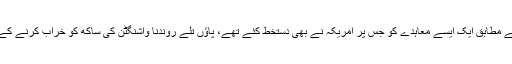
سابق صدر کے مطابق ایک ایسے معاہدے کو جس پر امریکہ نے بھی دستخط کئے تھے، پاؤں تلے روندنا واشنگٹن کی ساکھ کو خراب کرنے کے مترادف ہے۔